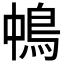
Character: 𩿀